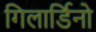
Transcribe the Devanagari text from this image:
गिलार्डिनो